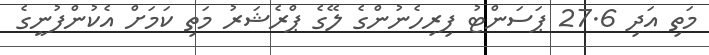
މަތި އަދި 27.6 ޕަސަންޓު ފިރިހެނުންގެ ލޭގެ ޕްރެޝަރު މަތި ކަމަށް އެކުންފުނީގެ